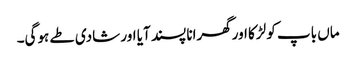
ماں باپ کو لڑکا اورگھرانا پسند آیا اور شادی طے ہوگی۔